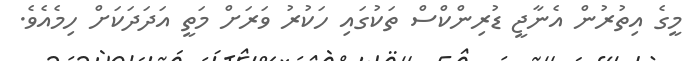
މީގެ އިތުރުން އެނާޖީ ޑުރިންކްސް ތަކުގައި ހަކުރު ވަރަށް މަތީ އަދަދަކަށް ހިމެއެވެ.